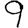
Digit: 9